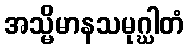
အသ္မိမာနသမုဂ္ဃါတံ